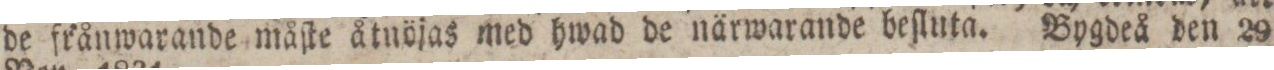
de frånwarande måſte åtnöjas med hwad de närwarande beſluta. Bygdeå den 29